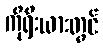
ကိုရီးယားတွင်